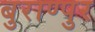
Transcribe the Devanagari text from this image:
बुराण्पुर